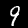
Label: 9